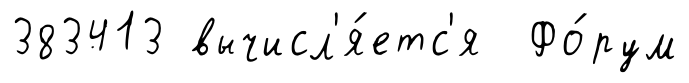
383413 вычисл'я́етс'я Фо́рум